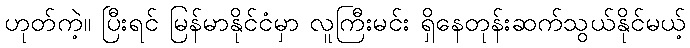
ဟုတ်ကဲ့။ ပြီးရင် မြန်မာနိုင်ငံမှာ လူကြီးမင်း ရှိနေတုန်းဆက်သွယ်နိုင်မယ့်